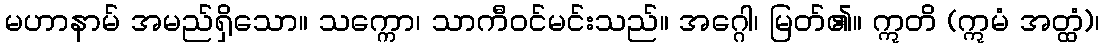
မဟာနာမ် အမည်ရှိသော။ သက္ကော၊ သာကီဝင်မင်းသည်။ အဂ္ဂေါ၊ မြတ်၏။ ဣတိ (ဣမံ အတ္ထံ)၊